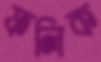
ফলিক